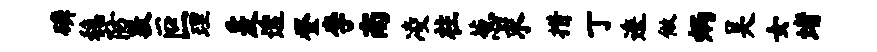
磷稳防敦叵理爰透登李南凌柱葱求措丁逶做炳吴女堵